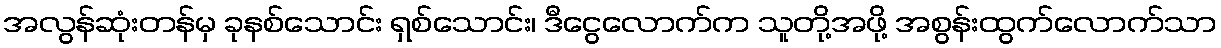
အလွန်ဆုံးတန်မှ ခုနစ်သောင်း ရှစ်သောင်း၊ ဒီငွေလောက်က သူတို့အဖို့ အစွန်းထွက်လောက်သာ